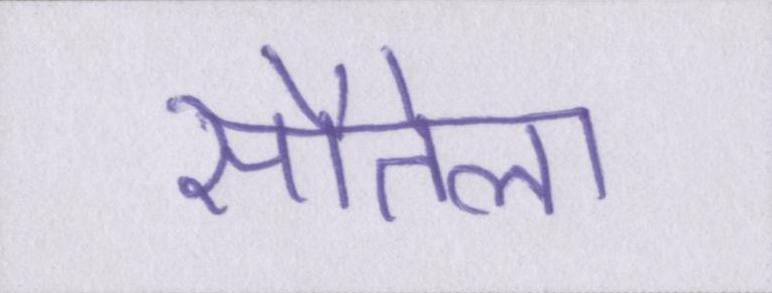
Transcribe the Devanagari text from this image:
सौतेला